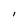
Character: l